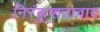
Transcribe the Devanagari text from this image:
निरंकुशतावाद